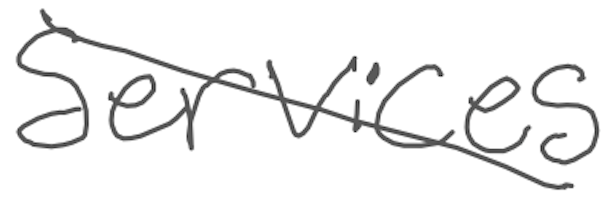
Text: services
Cross-out: mix
Writing tool: digital_gray